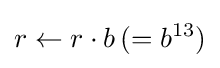
r\leftarrow r\cdot b\,(=b^{13})